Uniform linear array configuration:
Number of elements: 12
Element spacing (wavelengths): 0.75
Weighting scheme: kaiser
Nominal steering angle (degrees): -45
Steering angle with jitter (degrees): -45.745
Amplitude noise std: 0.05
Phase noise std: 0.05

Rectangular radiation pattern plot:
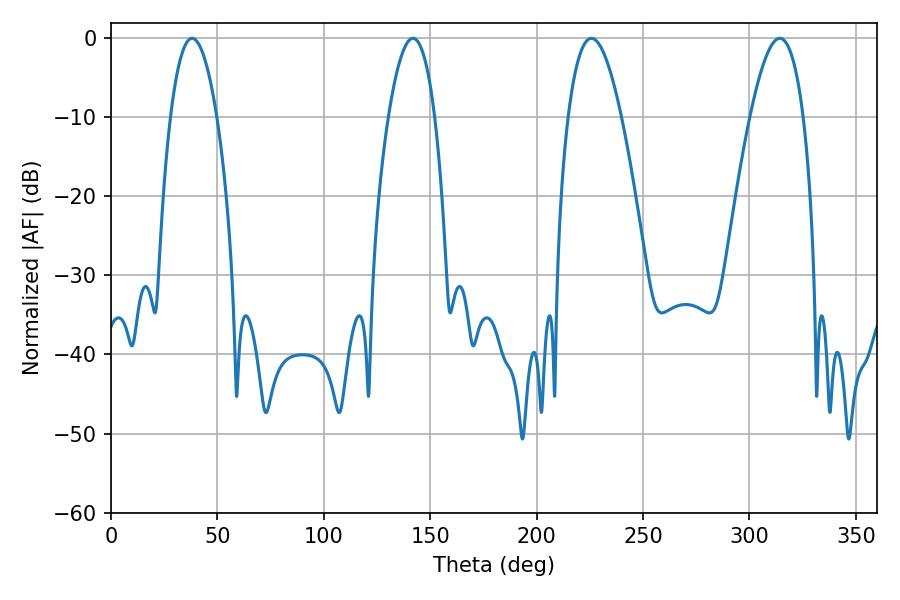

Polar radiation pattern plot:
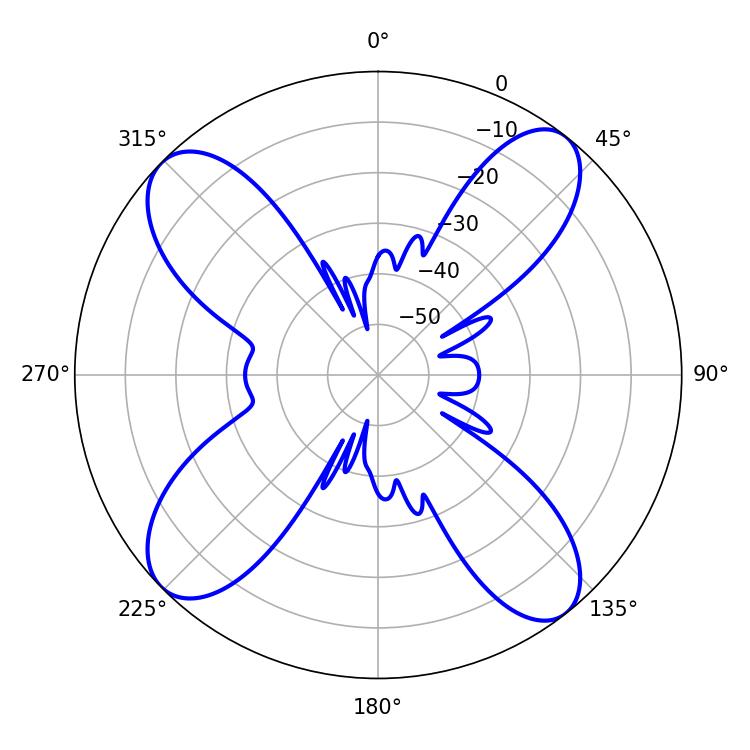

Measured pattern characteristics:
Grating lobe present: TRUE
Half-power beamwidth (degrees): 13.68
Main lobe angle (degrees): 225.72